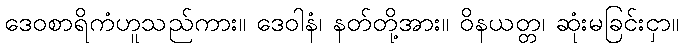
ဒေဝစာရိကံဟူသည်ကား။ ဒေဝါနံ၊ နတ်တို့အား။ ဝိနယတ္တ၊ ဆုံးမခြင်းငှာ။